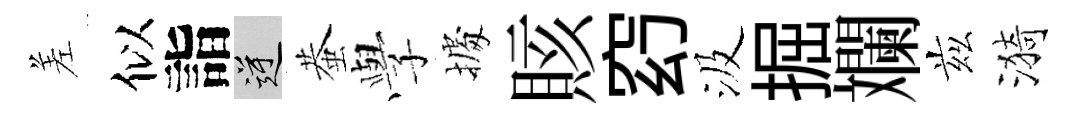
差似詣逆蛬𫝯𢴃賅𥥆汲掘斕兹漪